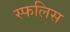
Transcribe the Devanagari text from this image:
स्फलिस